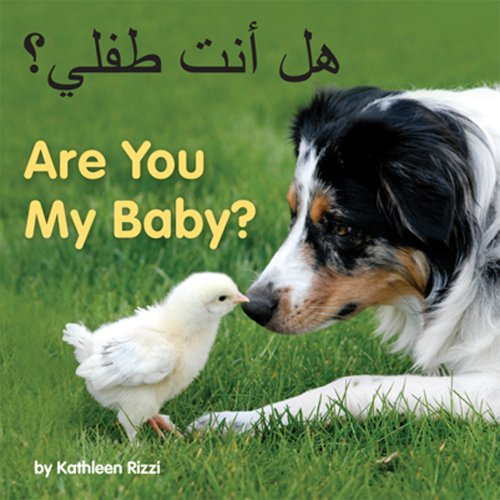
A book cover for Are You My Baby? (Arabic/Eng) (Arabic Edition); Kathleen Rizzi; Children's Books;